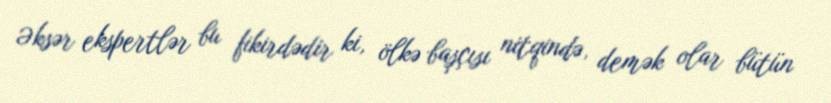
Əksər ekspertlər bu fikirdədir ki, ölkə başçısı nitqində, demək olar bütün